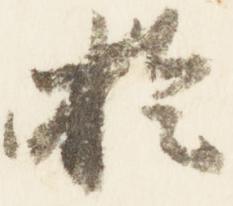
於